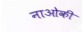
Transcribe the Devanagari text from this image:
नाओकी